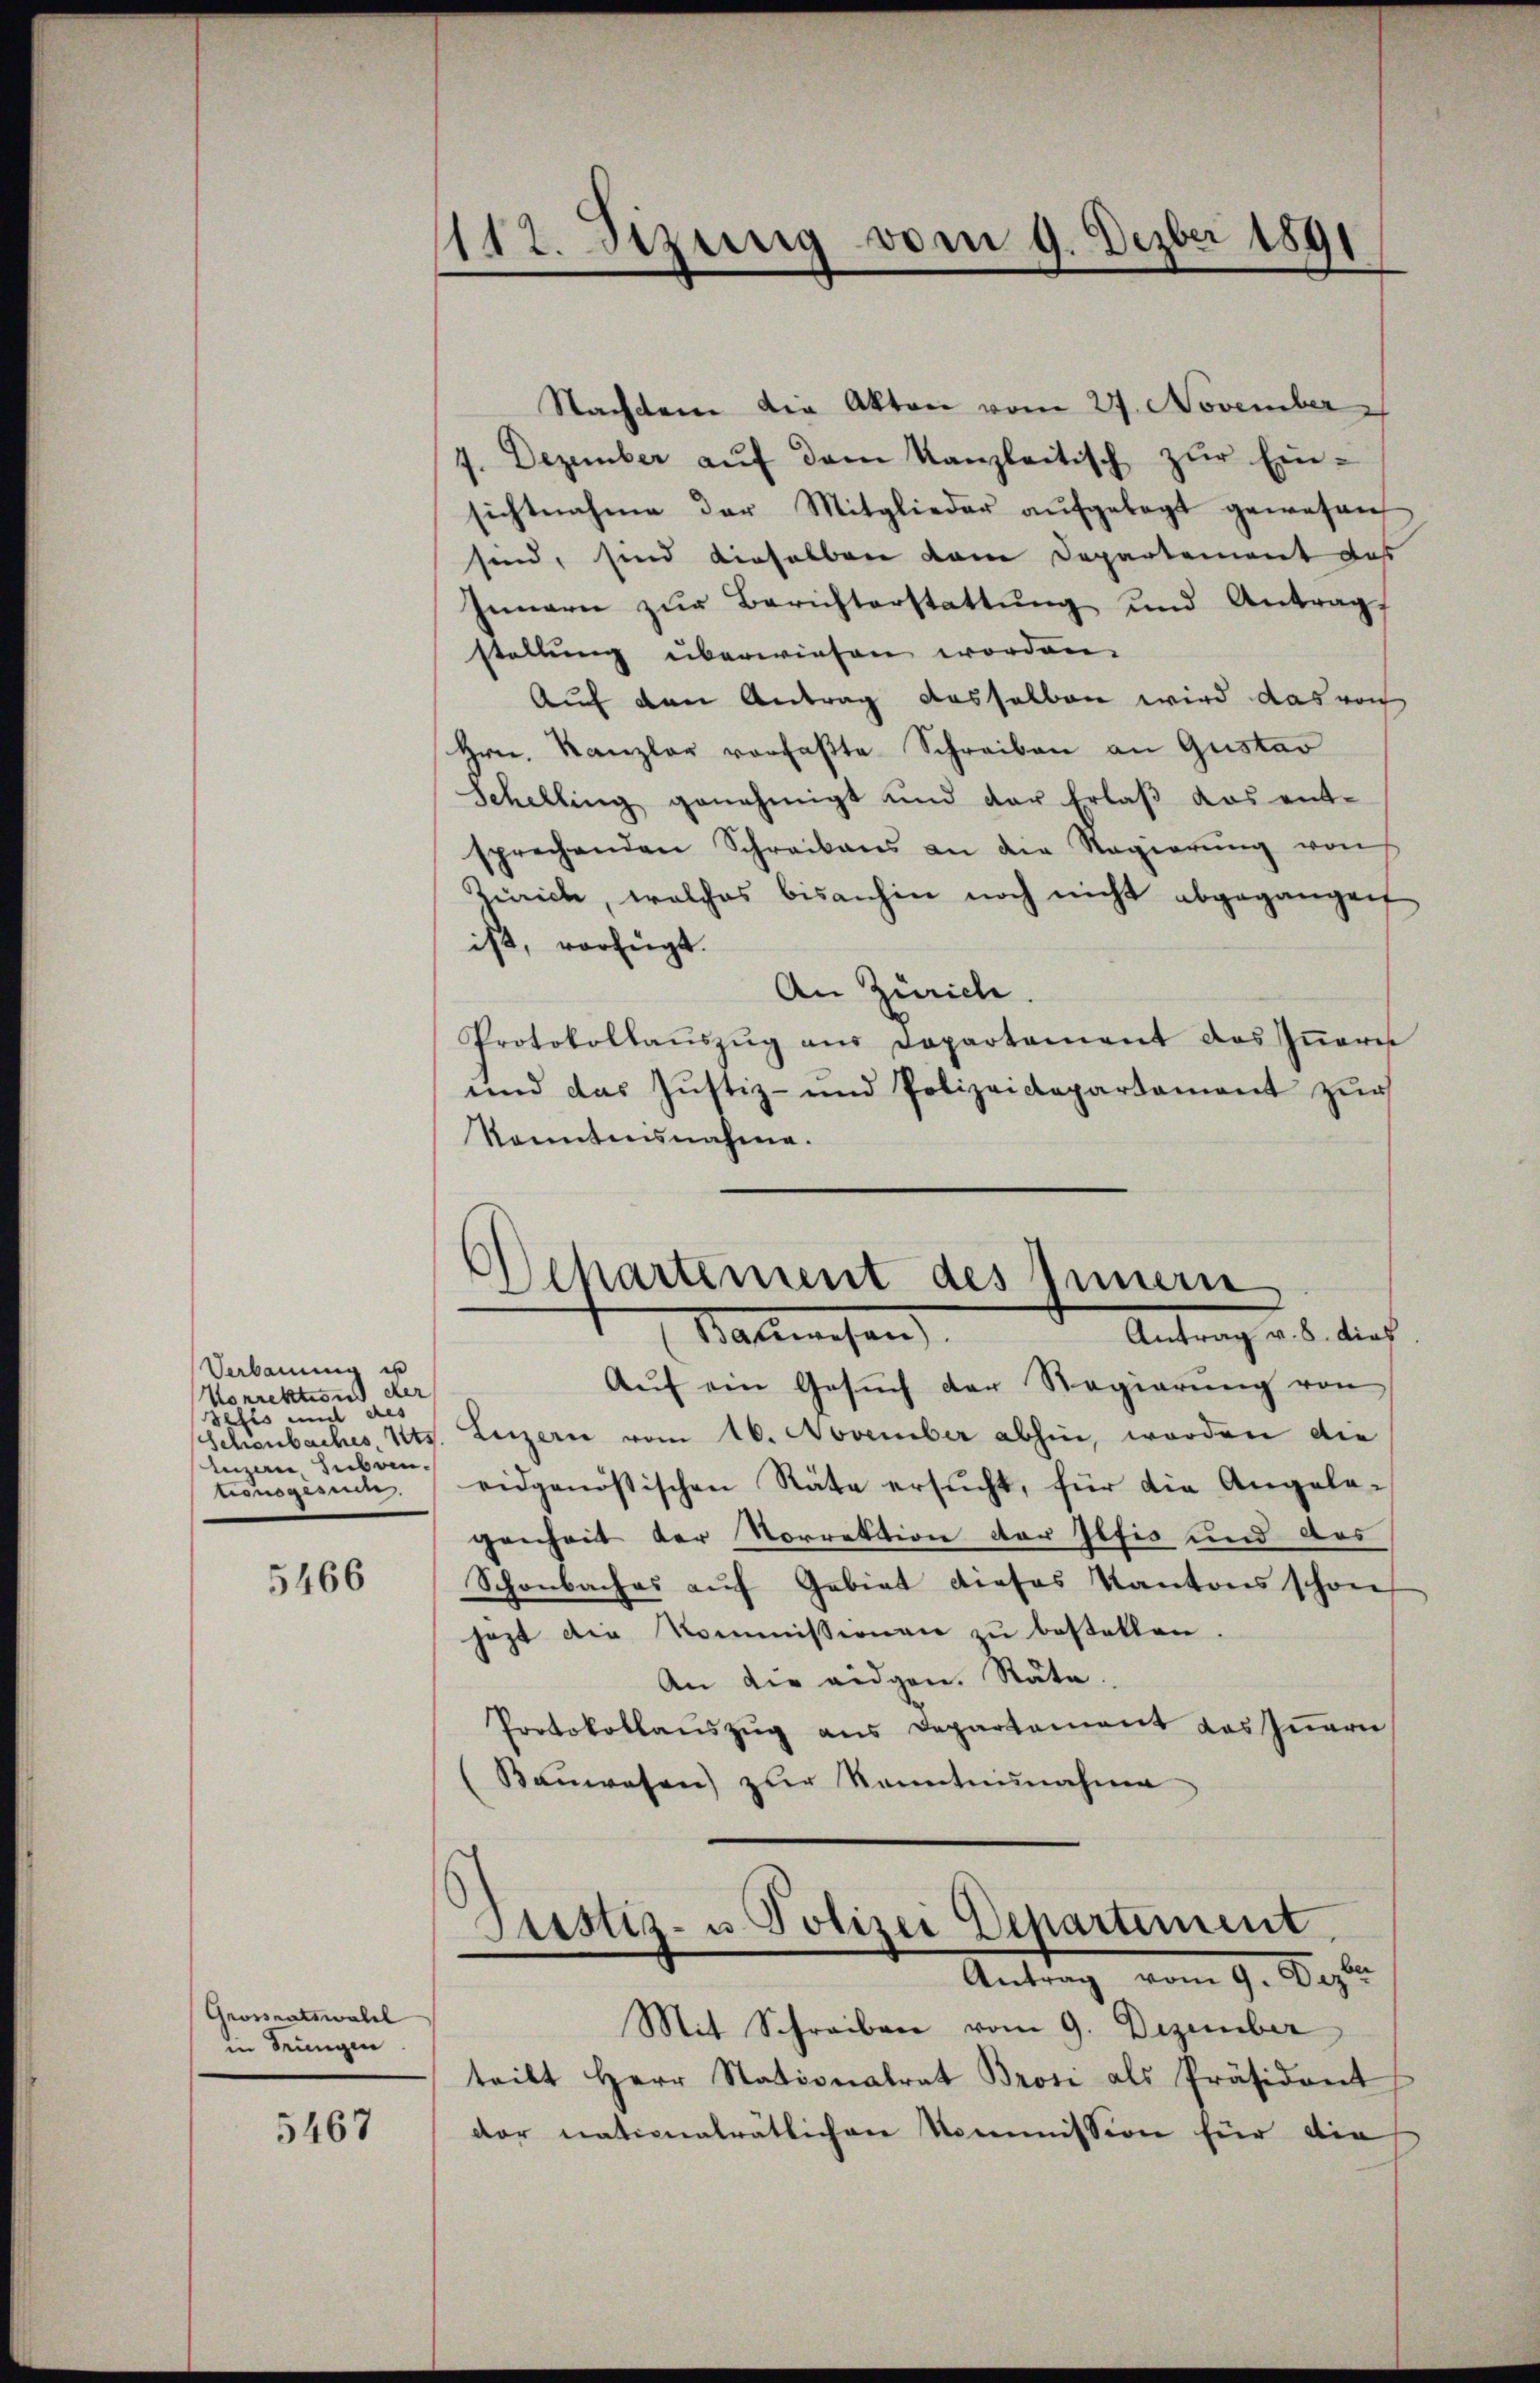
Verbaus in
Vorrektion der
Sefis mit des
tinen Huben.
tionsgesun

5466

Grossratswald
in drungen

5467

Nachtene die Akten vom 27. November
4. Dezember aŭf dem Kanzleitisch zŭr Ein-
sichtnahme der Mitglieder aŭfgelegt gewesen
sind, sind dieselben dem Departement das
Innern zŭr Berichterstattŭng und Antrag
stellung überwiesen worden.
Auf den Antrag dasselben wird das von
Hrn. Kanzler verfaßte Schreiben an Gustav
Schelling genehmigt und der Erlaβ das ent-
sprechenden Schreibens an die Regierŭng von
Zürich, welches bisanhin noch nicht abgegangen
ist, verfügt.
An Zürich
Protokollaŭszŭg ans Departement des Iṅeres
und das Justiz- und Polizeidepartament zŭr
Kenntnisnahme.

1112. Sizung vom 9. Dezbr 1891

Departement des Innern
Stallwesen.
Antrag v. 5. dies

Aŭf ein Gesŭch der Regierŭng von
Schönbaches, Kts. Luzern vom 16. November abhin, worden die
eidgenössischen Räte ersŭcht, für die Angele-
genheit der Norrektion der Iltis und das
Schönbaches auf Gebiet dieses Kantons schon
jezt die Kommissionen zu bestellen
An die eidgen. Stäte.
Protokollauszug aus Departement das Innern
Bauwesen zur Kenntnisnahme
Justiz- u Polizei Departement
Antrag vom 9. Dezbr
Mit Schreiben vom 9. Dezember
teilt Herr Stationalrat Brosi als Präsident
der nationalrätlichen Kommission für die